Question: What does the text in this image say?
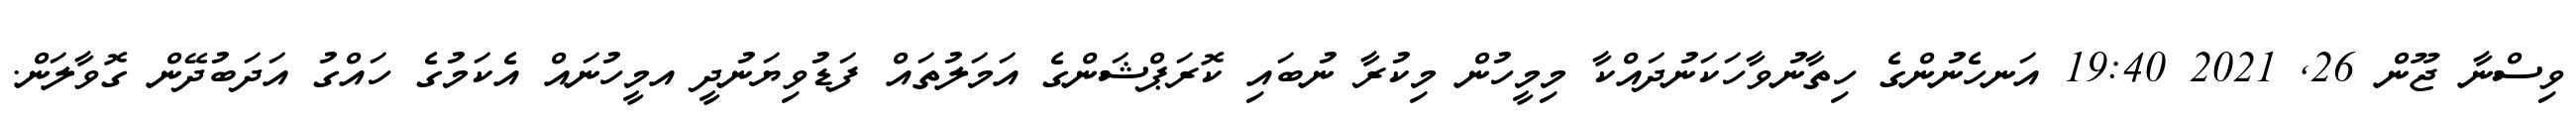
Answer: ވިސްނާ ޖޫން 26, 2021 19:40 އަނހެނުންގެ ހިތާނުވާހަކަނުދައްކާ މިމީހުން މިކުރާ ނުބައި ކޮރަޕްޝަންގެ އަމަލުތައް ފަޑުވިޔަނުދީ އމީހުނައް އެކަމުގެ ހައްގު އަދަބުދޭން ގޮވާލަން.